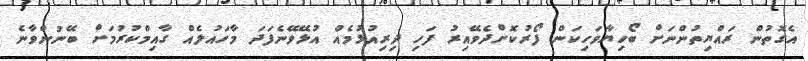
އެގޮތުން ރައްޔިތުންނަށް ބޯހިޔާވަހިކަން ފޯރުކޮށްދެވޭއިރު ފަހި ދިރިއުޅުމެއް އުޅޭވޭނެފަދަ މާހައުލެއް ގާއިމްކުރުމަށް ބޭނުންވާނެ